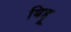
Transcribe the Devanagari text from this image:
बिद्दू